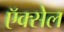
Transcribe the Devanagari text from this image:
ऍक्सेल